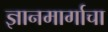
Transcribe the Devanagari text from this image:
ज्ञानमार्गाचा